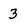
Character: 3